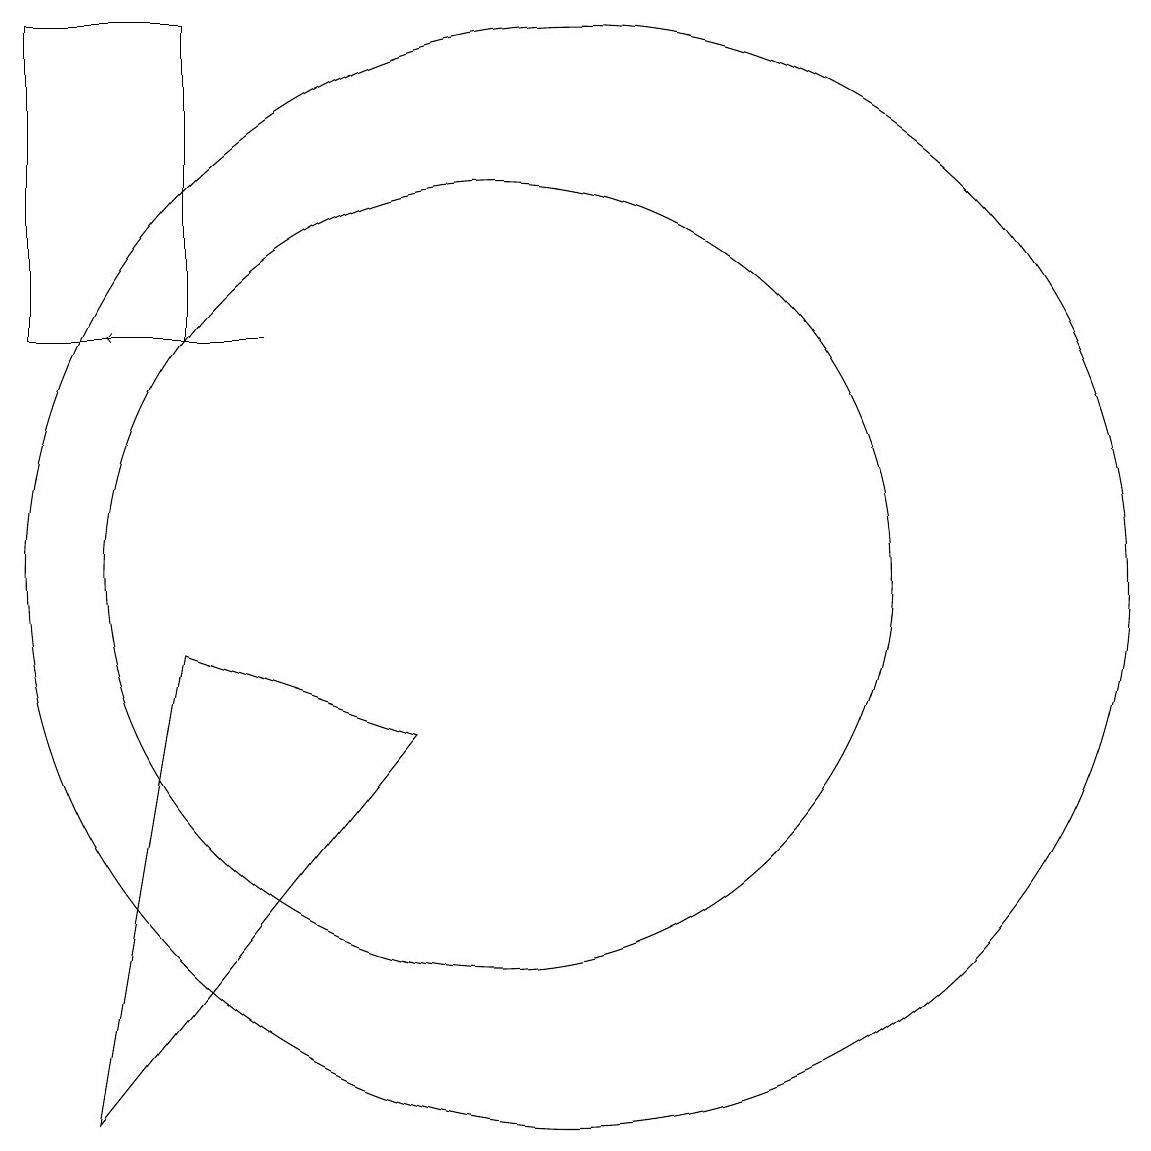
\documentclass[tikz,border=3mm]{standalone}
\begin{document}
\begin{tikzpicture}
\draw (6,17) rectangle (4,13);
\draw (5,3) -- (6,9) -- (9,8) -- cycle;
\draw (10,10) circle (5);
\draw (11,10) circle (7);
\draw[->] (7,13) -- (5,13);
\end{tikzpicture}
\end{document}